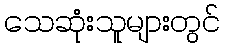
သေဆုံးသူများတွင်